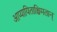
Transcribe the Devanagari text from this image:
आप्यायिताश्चिमतान्